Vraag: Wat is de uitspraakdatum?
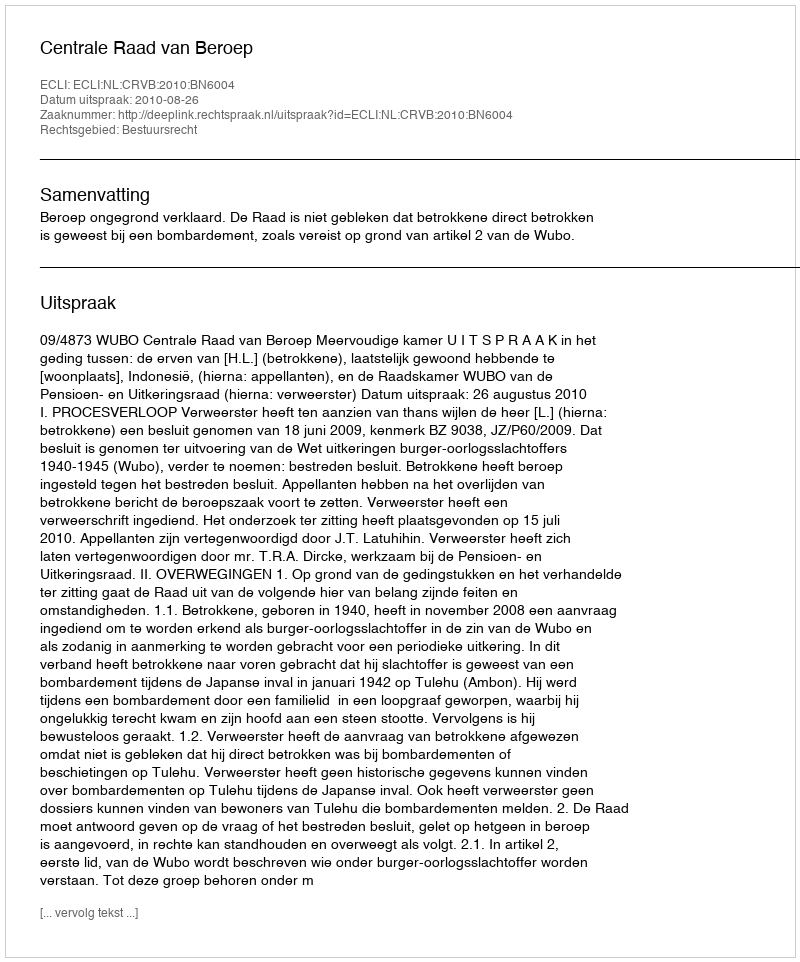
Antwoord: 2010-08-26